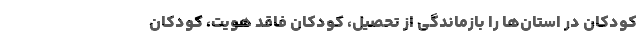
کودکان در استان‌ها را بازماندگی از تحصیل، کودکان فاقد هویت، کودکان